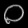
Digit: ၀